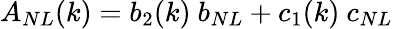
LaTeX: A_{NL}(k)=b_{2}(k)~b_{NL}+c_{1}(k)~c_{NL}